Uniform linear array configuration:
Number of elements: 16
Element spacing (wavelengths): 0.75
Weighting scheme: exponential
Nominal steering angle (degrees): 60
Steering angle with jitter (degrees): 60.446
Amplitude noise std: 0.05
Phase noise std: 0.05

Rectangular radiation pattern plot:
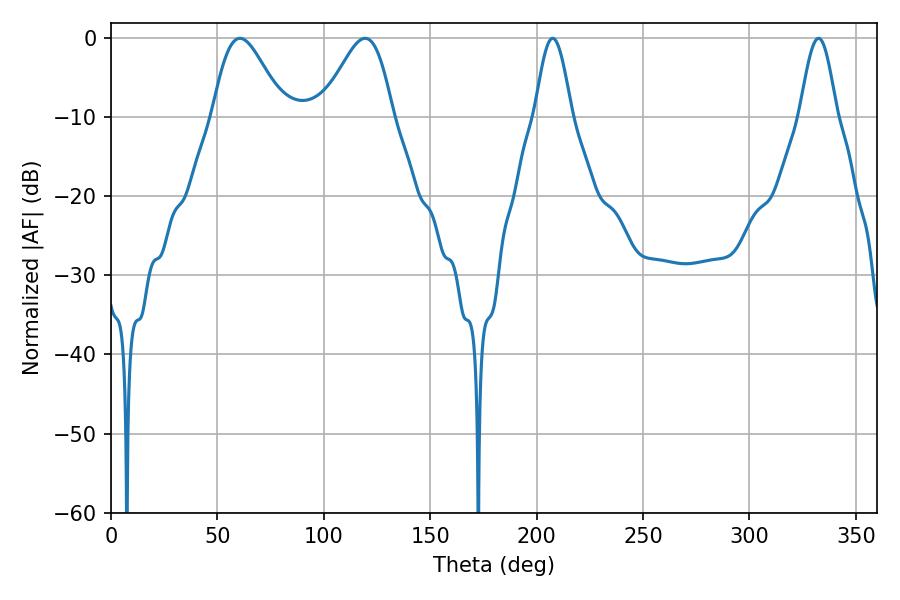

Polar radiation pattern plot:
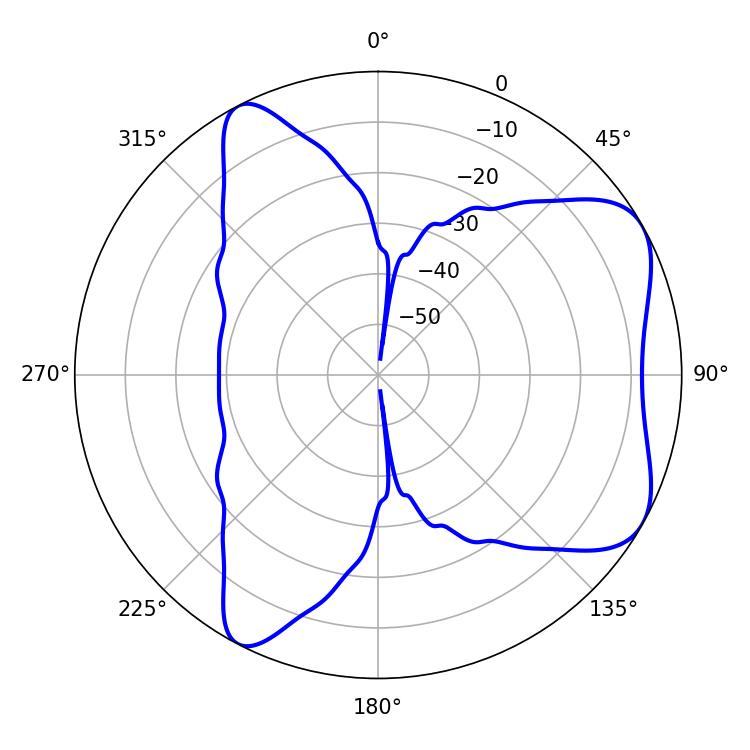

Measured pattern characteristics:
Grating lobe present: TRUE
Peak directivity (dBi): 6.229
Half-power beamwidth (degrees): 9.18
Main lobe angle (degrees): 207.54